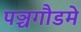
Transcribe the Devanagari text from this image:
पञ्चगौडमे